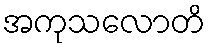
အကုသလောတိ